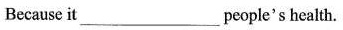
Because it ___ people's health.